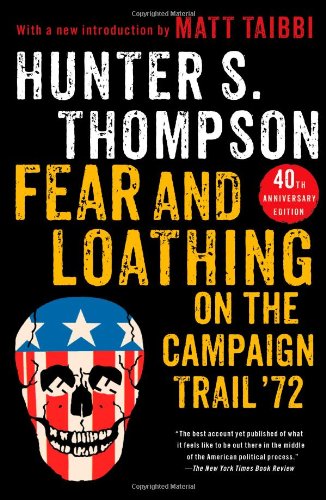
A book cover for Fear and Loathing on the Campaign Trail '72; Hunter S. Thompson; Biographies & Memoirs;